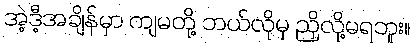
အဲ့ဒီ့အချိန်မှာ ကျမတို့ ဘယ်လိုမှ ညှိလို့မရဘူး။